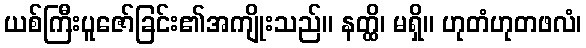
ယစ်ကြီးပူဇော်ခြင်း၏အကျိုးသည်။ နတ္ထိ၊ မရှိ။ ဟုတံဟုတဖလံ၊